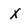
Character: X